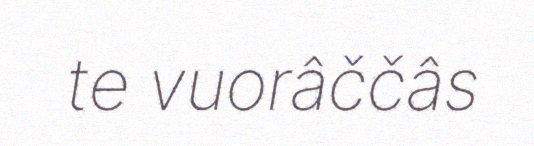
te vuorâččâs